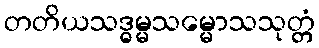
တတိယသဒ္ဓမ္မသမ္မောသသုတ္တံ